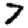
Digit: 7